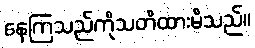
နေကြသည်ကိုသတိထားမိသည်။